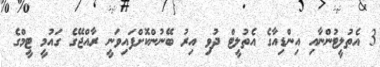
3 އެތުލީޓުންނާއި އިންޑިއާގެ އެތުލީޓް ދުވި އިރު ބޭނުންކޮށްފައިވަނީ ރާއްޖޭގެ ގައުމީ ޓީމްގެ